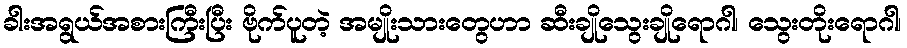
ခါးအရွယ်အစားကြီးပြီး ဗိုက်ပူတဲ့ အမျိုးသားတွေဟာ ဆီးချိုသွေးချိုရောဂါ၊ သွေးတိုးရောဂါ၊